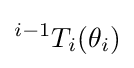
{}^{i-1}T_{i}(\theta _{i})